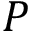
P